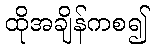
ထိုအချိန်ကစ၍